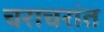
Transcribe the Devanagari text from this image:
चराचरांत